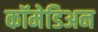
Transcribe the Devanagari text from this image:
कॉमेडिअन